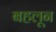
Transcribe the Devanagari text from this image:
बहलून